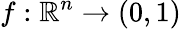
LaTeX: f:\mathbb{R}^{n}\to(0,1)